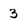
Character: 3